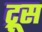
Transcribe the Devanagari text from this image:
ट्रूस